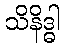
သိနိဒ္ဓါ